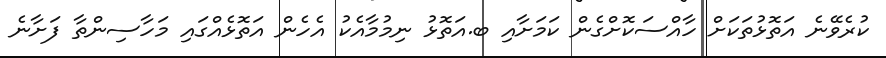
ކުރެވޭނެ އަތޮޅުތަކަށް ހާއްސަކޮށްގެން ކަމަށާއި ބ.އަތޮޅު ނިމުމާއެކު އެހެން އަތޮޅެއްގައި މަހާސިންތާ ފަށާނެ